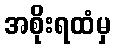
အစိုးရထံမှ